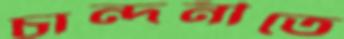
চান্দনীতে